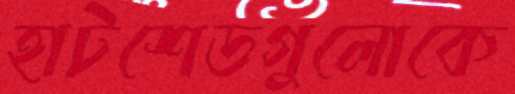
হাটশেডগুলোকে